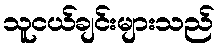
သူငယ်ချင်းများသည်